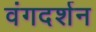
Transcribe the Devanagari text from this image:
वंगदर्शन